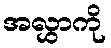
အလွှာကို